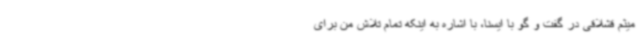
میثم قشلاقی در گفت و گو با ایسنا، با اشاره به اینکه تمام تلاش من برای